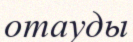
отауды